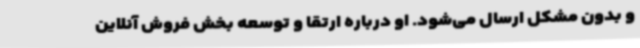
و بدون مشکل ارسال می‌شود. او درباره ارتقا و توسعه بخش فروش آنلاین